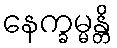
နေက္ခမ္မန္တိ